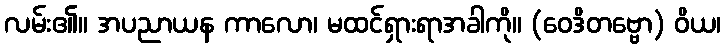
လမ်း၏။ အပညာယန ကာလော၊ မထင်ရှားရာအခါကို။ (ဝေဒိတဗ္ဗော) ဝိယ၊